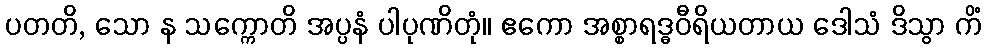
ပတတိ, သော န သက္ကောတိ အပ္ပနံ ပါပုဏိတုံ။ ဧကော အစ္စာရဒ္ဓဝီရိယတာယ ဒေါသံ ဒိသွာ ကိံ